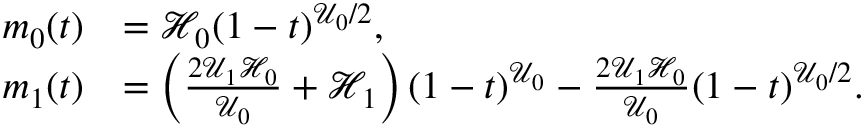
\begin{array} { r l } { m _ { 0 } ( t ) } & { = \mathcal { H } _ { 0 } ( 1 - t ) ^ { \mathcal { U } _ { 0 } / 2 } , } \\ { m _ { 1 } ( t ) } & { = \left( \frac { 2 \mathcal { U } _ { 1 } \mathcal { H } _ { 0 } } { \mathcal { U } _ { 0 } } + \mathcal { H } _ { 1 } \right) ( 1 - t ) ^ { \mathcal { U } _ { 0 } } - \frac { 2 \mathcal { U } _ { 1 } \mathcal { H } _ { 0 } } { \mathcal { U } _ { 0 } } ( 1 - t ) ^ { \mathcal { U } _ { 0 } / 2 } . } \end{array}